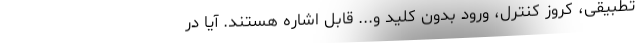
تطبیقی، کروز کنترل، ورود بدون کلید و... قابل اشاره هستند. آیا در